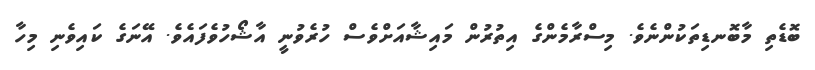
ބޮޑެތި މާބޮނޑިތަކުންނެވެ. މިސްރާމެންގެ އިތުރުން މައިޝާއަށްވެސް ހުރެވުނީ އާޝޯހުވެފައެވެ. އޭނަގެ ކައިވެނި މިހާ